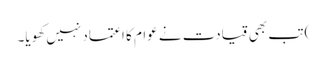
) تب بھی قیادت نے عوام کا اعتماد نہیں کھویا۔